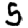
Digit: 5